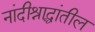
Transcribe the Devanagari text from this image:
नांदीश्राद्धांतील